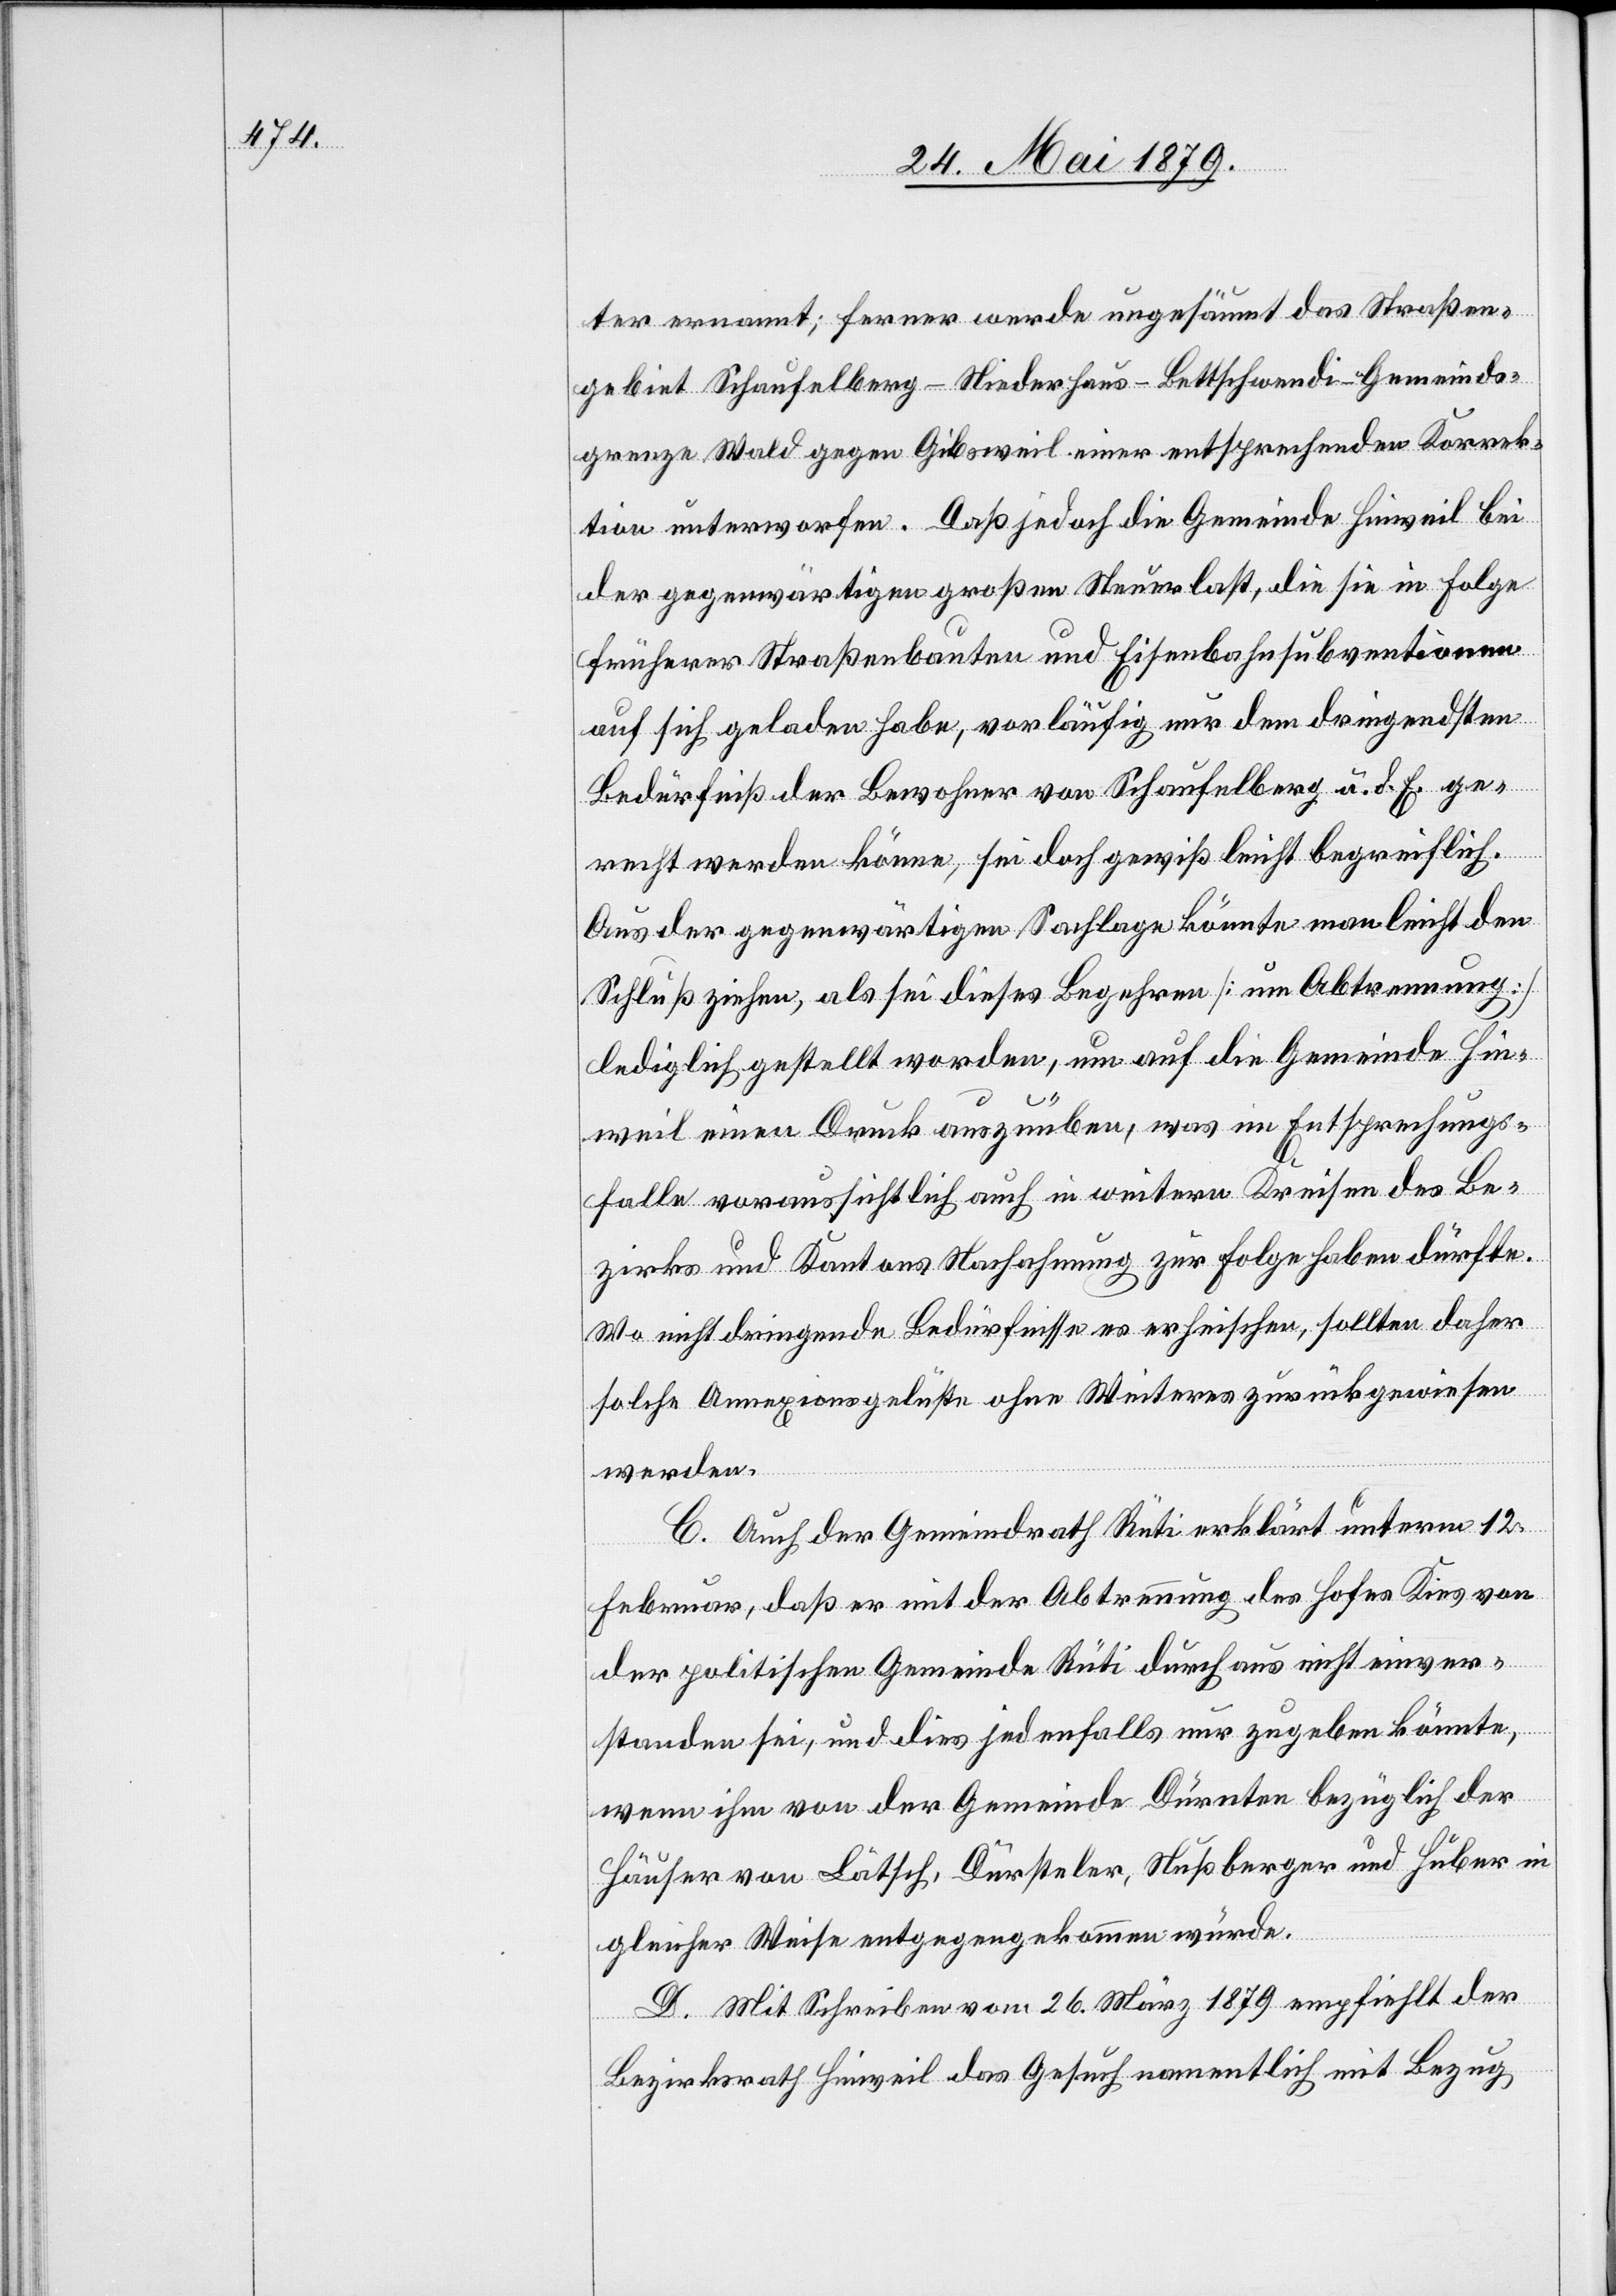
ter ernannt; ferner werde ungesäumt das Straßen¬
gebiet Schaufelberg–Niederhaus–Bettschwendi–Gemeinds¬
grenze Wald gegen Gibsweil einer entsprechenden Korrek¬
tion unterworfen. Daß jedoch die Gemeinde Hinweil bei
der gegenwärtigen großen Steuerlast, die sie in Folge
früherer Straßenbauten und Eisenbahnsubventionen
auf sich geladen habe, vorläufig nur dem dringendsten
Bedürfniß der Bewohner von Schaufelberg u. d. E. ge¬
recht werden könne, sei doch gewiß leicht begreiflich.
Aus der gegenwärtigen Sachlage könnte man leicht den
Schluß ziehen, als sei dieses Begehren [um Abtrennung]
lediglich gestellt worden, um auf die Gemeinde Hin¬
weil einen Druck auszuüben, was im Entsprechungs¬
falle voraussichtlich auch in weitern Kreisen des Be¬
zirks und Kantons Nachahmung zur Folge haben dürfte.
Wo nicht dringende Bedürfnisse es erheischen, sollten daher
solche Annexionsgelüste ohne Weiteres zurückgewiesen
werden.
C. Auch der Gemeindrath Rüti erklärt unterm 12.
Februar, daß er mit der Abtrennung des Hofes Kies von
der politischen Gemeinde Rüti durchaus nicht einver¬
standen sei, und dies jedenfalls nur zugeben könnte,
wenn ihm von der Gemeinde Dürnten bezüglich der
Häuser von Lätsch, Dürsteler, Nußberger und Huber in
gleicher Weise entgegengekommen würde.
D. Mit Schreiben vom 26. März 1879 empfiehlt der
Bezirksrath Hinweil das Gesuch namentlich mit Bezug